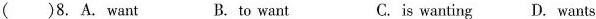
( )8. A. Want B. to want C.is wanting D. Wants